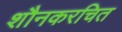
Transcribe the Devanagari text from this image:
शौनकरचित